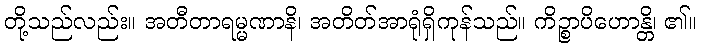
တို့သည်လည်း။ အတီတာရမ္မဏာနိ၊ အတိတ်အာရုံရှိကုန်သည်။ ကိဉ္စာပိဟောန္တိ၊ ၏။